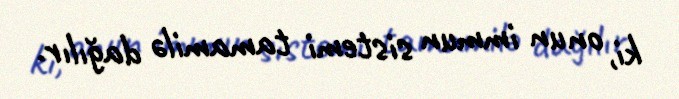
ki, onun immun sistemi tamamilə dağılır.